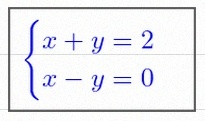
\begin{cases}x+y=2\\x-y=0\end{cases}